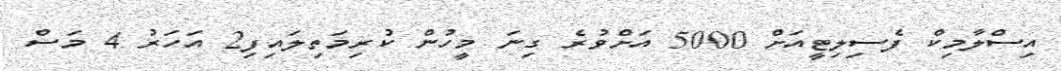
އިސްލާމިކް ފެސިލިޓީއަށް 5000 އަށްވުރެ ގިނަ މީހުން ކުރިމަތިލައިފި2 އަހަރު 4 މަސް